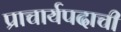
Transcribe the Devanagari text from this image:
प्राचार्यपदाची